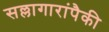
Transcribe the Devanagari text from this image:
सल्लागारांपैकी